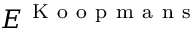
E ^ { \mathrm { ~ K ~ o ~ o ~ p ~ m ~ a ~ n ~ s ~ } }